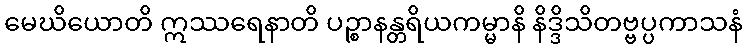
မေဃိယောတိ ဣဿရေနာတိ ပဉ္စာနန္တရိယကမ္မာနိ နိဒ္ဒိသိတဗ္ဗပ္ပကာသနံ